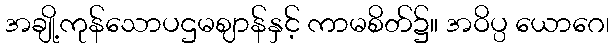
အချို့ကုန်သောပဌမဈာန်နှင့် ကာမစိတ်၌။ အဝိပ္ပ ယောဂေ၊